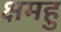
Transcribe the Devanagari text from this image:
क्षमहु